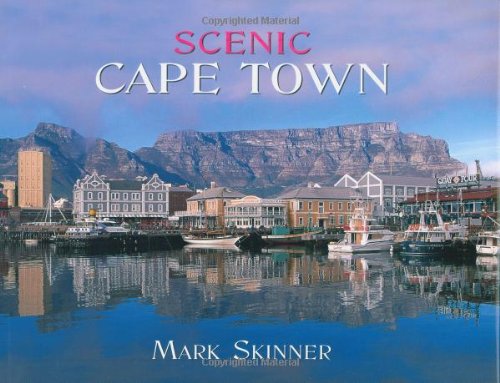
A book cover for Scenic Cape Town; Mark Skinner; Travel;